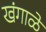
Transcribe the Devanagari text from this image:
खंगाळे